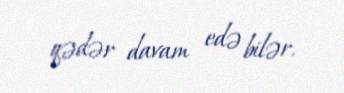
qədər davam edə bilər.